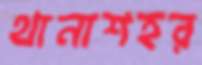
থানাশহর